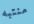
منتبه